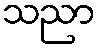
သညာ